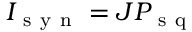
I _ { \mathrm { ~ s ~ y ~ n ~ } } = J P _ { \mathrm { ~ s ~ q ~ } }